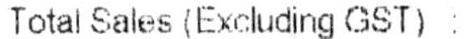
TOTAL SALES (EXCLUDING GST) :